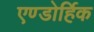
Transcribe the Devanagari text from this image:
एण्डोर्हिक